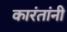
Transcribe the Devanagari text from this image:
कारंतांनी